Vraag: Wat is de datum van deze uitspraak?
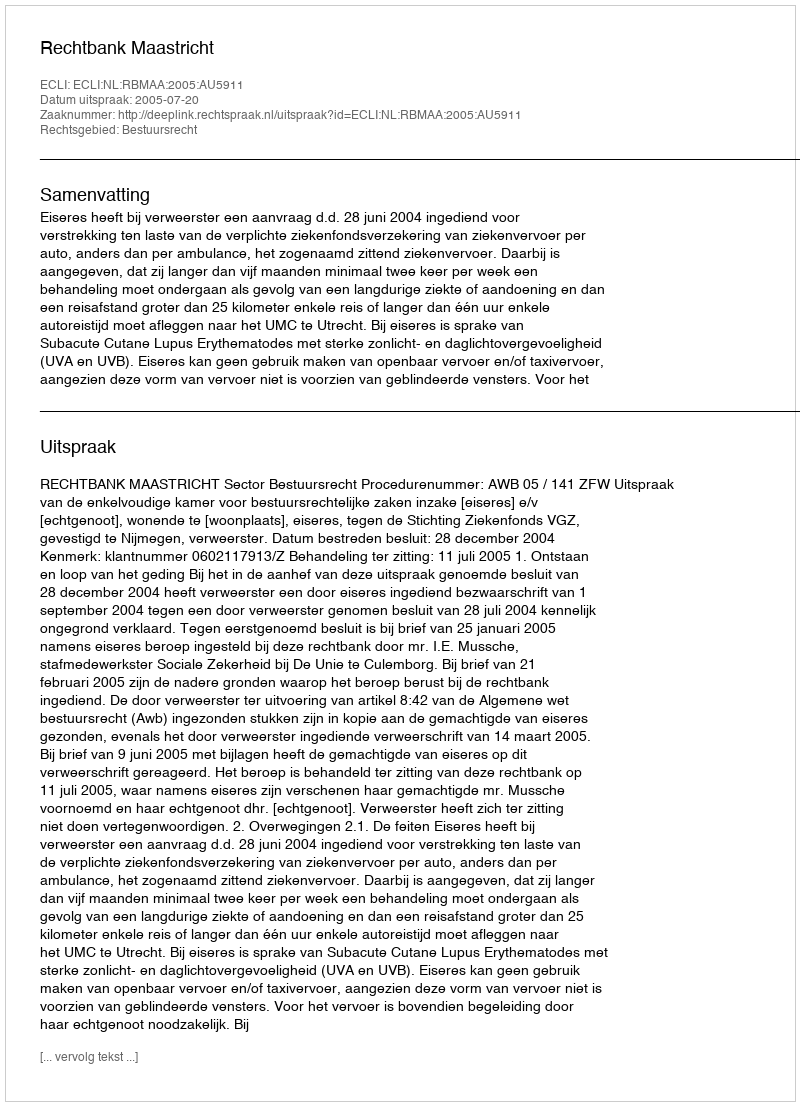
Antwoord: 2005-07-20